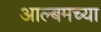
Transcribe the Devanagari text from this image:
आल्बमच्या